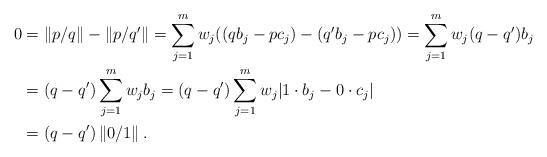
LaTeX: \begin{align*}0 &= \left\| p/q \right\| - \left\| p/q' \right\| =\sum_{j=1}^{m} w_j ( ( q b_j - p c_j ) - ( q' b_j - p c_j ) )=\sum_{j=1}^{m} w_j ( q - q' ) b_j \\&=(q-q') \sum_{j=1}^{m} w_j b_j =(q-q') \sum_{j=1}^{m}w_j|1 \cdot b_j- 0 \cdot c_j|\\& = (q-q') \left\| 0/1 \right\|. \end{align*}